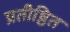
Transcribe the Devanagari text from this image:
प्रतीष्ठित